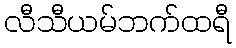
လီသီယမ်ဘက်ထရီ